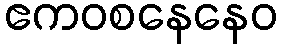
ဧကဝစနေနေဝ